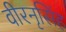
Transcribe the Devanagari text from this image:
वीरनृसिंह